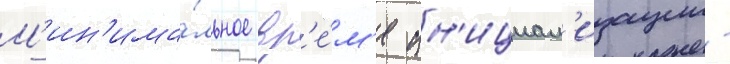
М'ин'има́льное вр'е́м'я ин'ициал'изации -